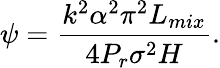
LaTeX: \psi=\frac{k^{2}\alpha^{2}\pi^{2}L_{mix}}{4P_{r}\sigma^{2}H}.